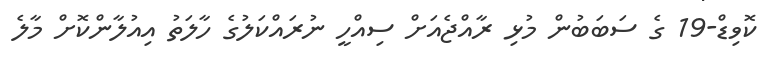
ކޮވިޑް-19 ގެ ސަބަބުން މުޅި ރާއްޖެއަށް ސިއްހީ ނުރައްކަލުގެ ހާލަތު އިއުލާންކޮށް މާލެ